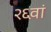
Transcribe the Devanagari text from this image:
२६वां